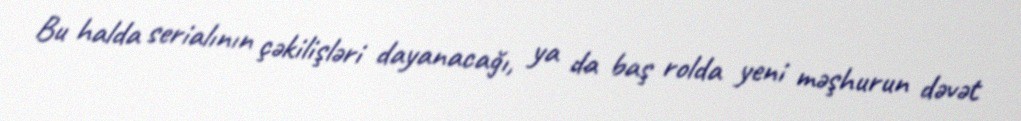
Bu halda serialının çəkilişləri dayanacağı, ya da baş rolda yeni məşhurun dəvət